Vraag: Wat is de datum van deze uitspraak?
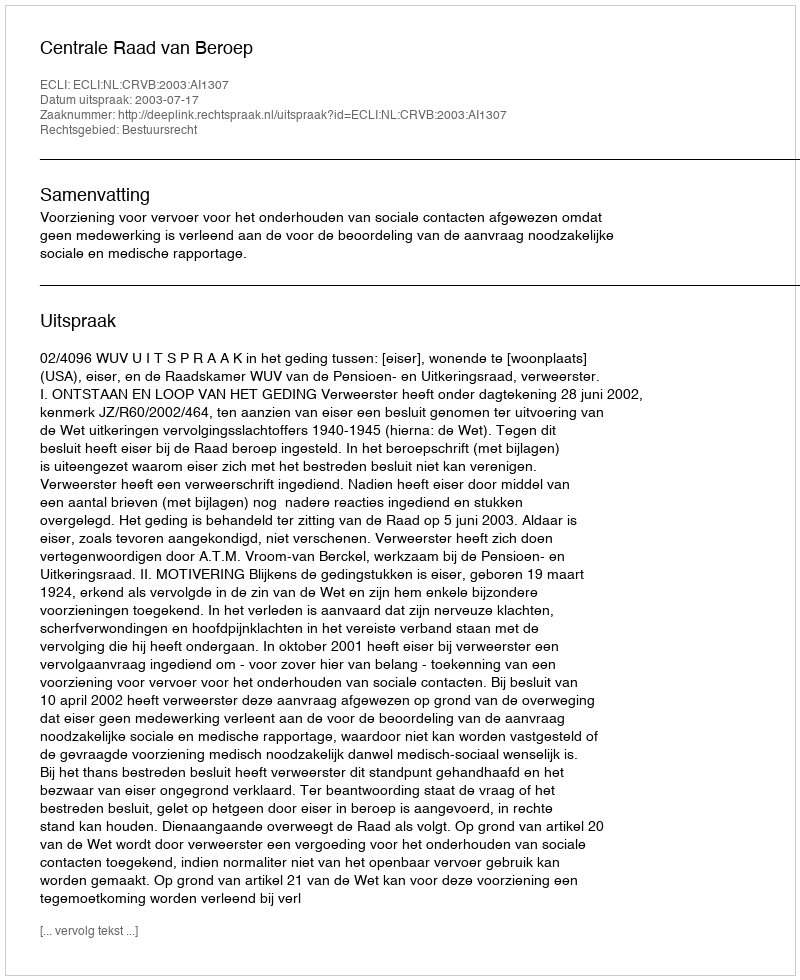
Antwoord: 2003-07-17